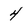
Character: 4